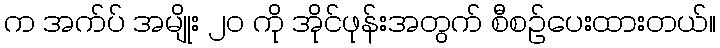
က အက်ပ် အမျိုး ၂၀ ကို အိုင်ဖုန်းအတွက် စီစဉ်ပေးထားတယ်။